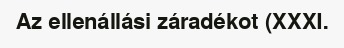
Az ellenállási záradékot (XXXI.